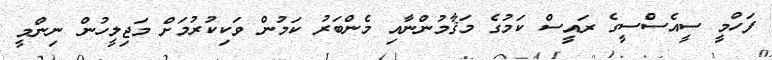
ފަހްމީ ސީއެސްސީގެ ރައީސް ކަމުގެ މަޤާމުންނާއި މެންބަރު ކަމުން ވަކިކުރުމަށް މަޖިލީހުން ނިންމީ